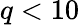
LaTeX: q<10